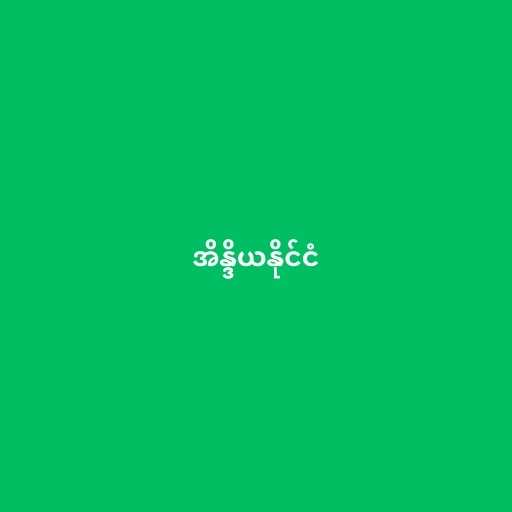
အိန္ဒိယနိုင်ငံ